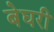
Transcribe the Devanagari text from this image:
बेघरी